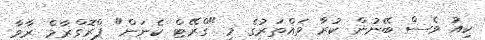
ކިއު ވެސް ބޭނުން ކުރާ ވައްތަރުގެ މި "ގްރޭޓް ކެނަން" ޕްރޮގްރާމް ރާވާ